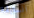
السابقة